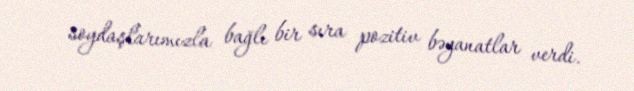
soydaşlarımızla bağlı bir sıra pozitiv bəyanatlar verdi.